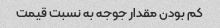
کم بودن مقدار جوجه به نسبت قیمت